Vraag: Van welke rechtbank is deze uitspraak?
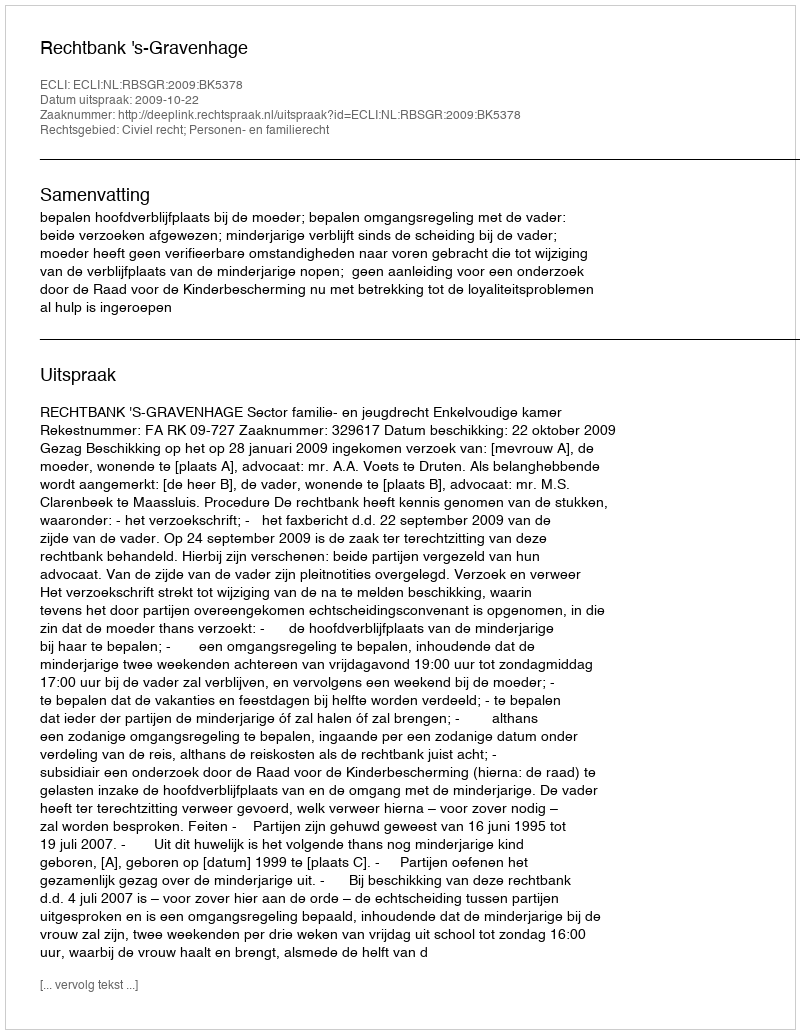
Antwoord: Rechtbank 's-Gravenhage